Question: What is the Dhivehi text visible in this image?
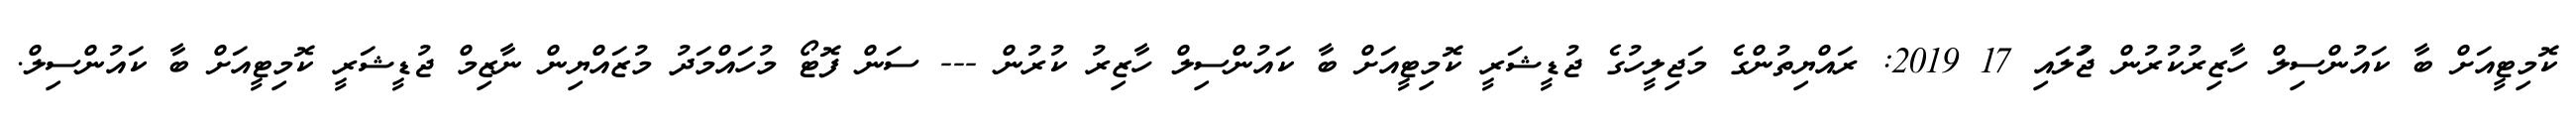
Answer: ކޮމިޓީއަށް ބާ ކައުންސިލް ހާޒިރުކުރުން ޖުަލައި 17 2019: ރައްޔިތުންގެ މަޖިލީހުގެ ޖުޑީޝަރީ ކޮމިޓީއަށް ބާ ކައުންސިލް ހާޒިރު ކުރުން --- ސަން ފޮޓޯ މުހައްމަދު މުޒައްޔިން ނާޒިމް ޖުޑީޝަރީ ކޮމިޓީއަށް ބާ ކައުންސިލް.